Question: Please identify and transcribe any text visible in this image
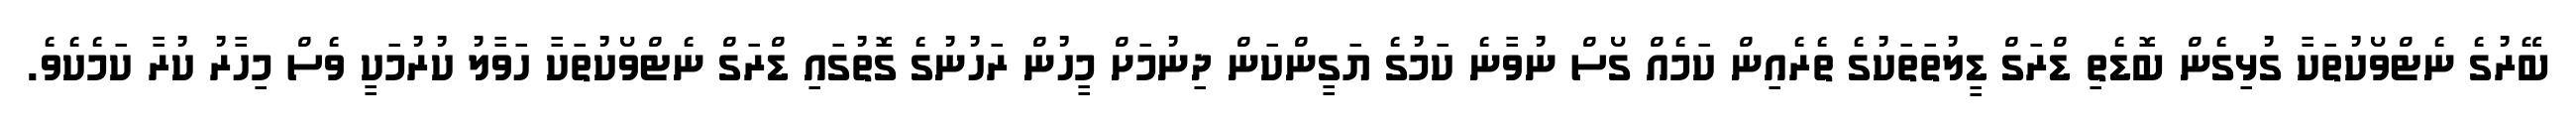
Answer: ބޭރުގެ ނެޓްވޯކުތަކާ ގުޅިގެން ބޮޑެތި ޑްރަގް ޑީލުތަތަކުގެ ތެރެއިން ކަމެއް ގޯސް ނުވާނެ ކަމުގެ ޔަގީންކަން ދިނުމަށް މީހުން ރަހުނުގެ ގޮތުގައި ޑްރަގް ނެޓްވޯކުތަކާ ހަވާލު ކުރުމަކީ ވެސް މިހާރު ކުރާ ކަމެކެވެ.